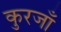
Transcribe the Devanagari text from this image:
कुरजाँ